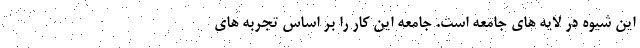
اين شيوه در لايه هاي جامعه است. جامعه این کار را بر اساس تجربه های